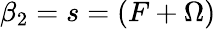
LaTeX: \beta_{2}=s=(F+\Omega)